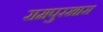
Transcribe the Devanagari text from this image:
रामपुरखास